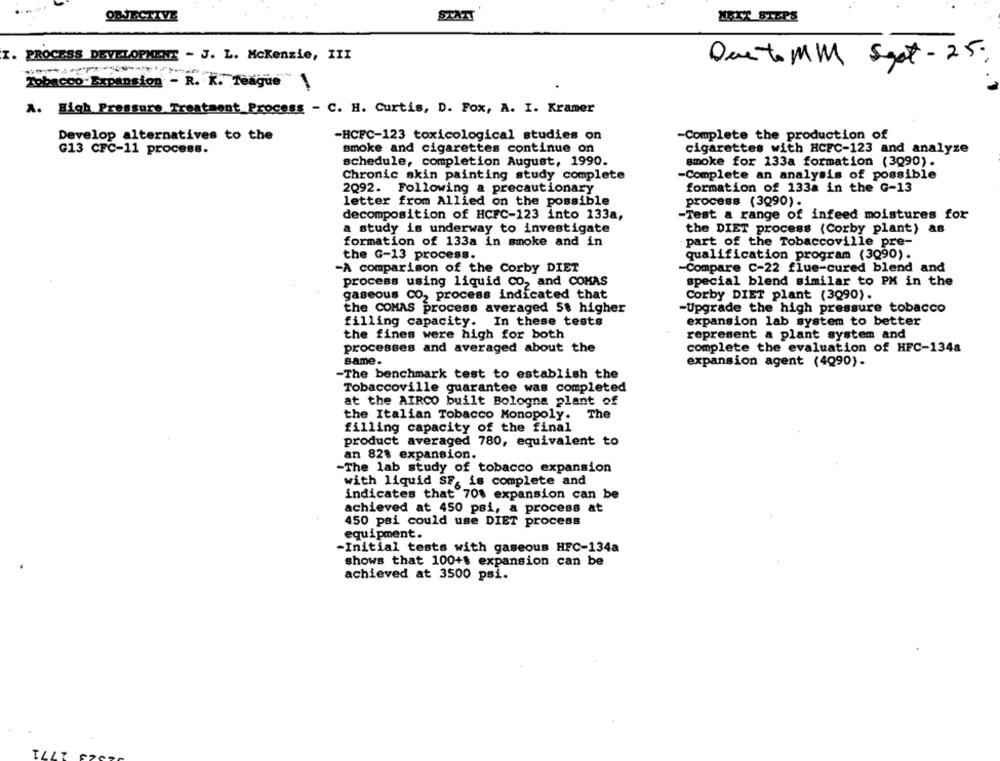
OBJECTIVE
STATT
NEXT STEPS
I. PROCESS DEVELOPMENT - J. L. Mckenzie, III
Que to MM Sgot - 25.
Tobacco-Expansion - R. K. Teague 1
A. High Pressure Treatment Process - C. H. Curtis, D. Fox, A. I. Kramer
Develop alternatives to the
-HCFC-123 toxicological studies on
-Complete the production of
G13 CFC-11 process.
smoke and cigarettes continue on
cigarettes with HCFC-123 and analyze
schedule, completion August, 1990.
smoke for 133a formation (3Q90).
Chronic skin painting study complete
-Complete an analysis of possible
2Q92. Following a precautionary
formation of 133a in the G-13
letter from Allied on the possible
process (3Q90).
decomposition of HCFC-123 into 133a,
-Test a range of infeed moistures for
a study is underway to investigate
the DIET process (Corby plant) as
formation of 133a in smoke and in
part of the Tobaccoville pre-
the G-13 process.
qualification program (3090).
-A comparison of the Corby DIET
-Compare C-22 flue-cured blend and
special blend similar to PM in the
process using liquid CO2 and COMAS
gaseous CO2 process indicated that
Corby DIET plant (3Q90).
the COMAS process averaged 5$ higher
-Upgrade the high pressure tobacco
filling capacity. In these tests
expansion lab system to better
the fines were high for both
represent a plant system and
processes and averaged about the
complete the evaluation of HFC-134a
same.
expansion agent (4Q90).
-The benchmark test to establish the
Tobaccoville guarantee was completed
at the AIRCO built Bologna plant of
the Italian Tobacco Monopoly. The
filling capacity of the final
product averaged 780, equivalent to
an 82% expansion.
-The lab study of tobacco expansion
with liquid SF, is complete and
indicates that 70% expansion can be
achieved at 450 psi, a process at
450 psi could use DIET process
equipment.
-Initial tests with gaseous HFC-134a
shows that 100+$ expansion can be
achieved at 3500 psi.